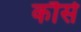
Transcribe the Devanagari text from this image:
कौसे